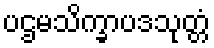
ပဌမသိက္ခာပဒသုတ္တံ